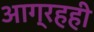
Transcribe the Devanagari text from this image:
आग्रहही